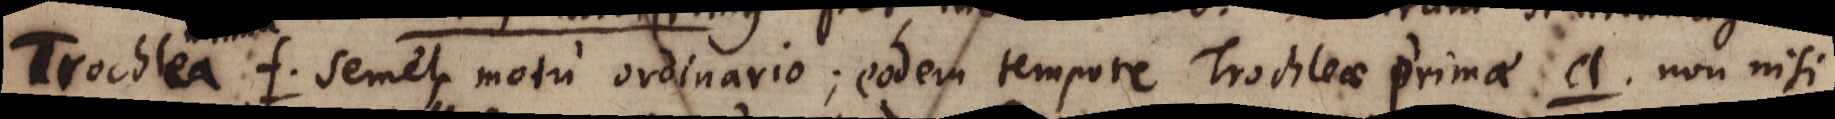
Trochlea f semel, motu ordinario; eodem tempore Trochleae primae a non nisi